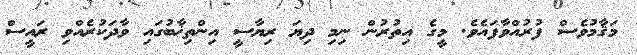
މަޤާމުވެސް ފުރުއްވާފައެވެ. މީގެ އިތުރުން ނިމި ދިޔަ ރިޔާސީ އިންތިޚާބުގައި ވާދަކުރެއްވި ރައީސް